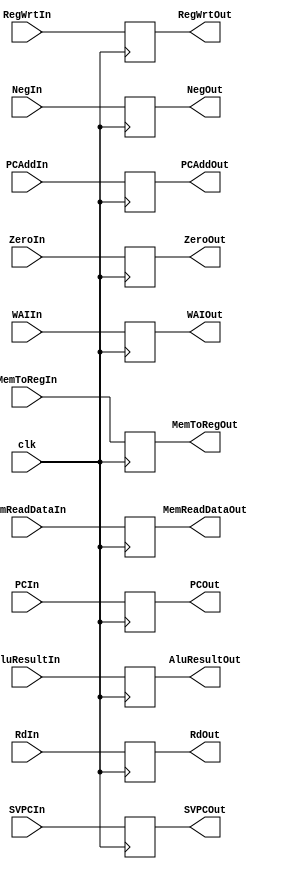
`timescale 1ns / 1ps
//////////////////////////////////////////////////////////////////////////////////
// Company: 
// Engineer: 
// 
// Design Name: 
// Module Name: buffer_exmemwb
// Project Name: 
// Target Devices: 
// Tool Versions: 
// Description: 
// 
// Dependencies: 
// 
// Revision:
// Revision 0.01 - File Created
// Additional Comments:
// 
//////////////////////////////////////////////////////////////////////////////////


module exmemtowbbuff(clk, RegWrtIn, SVPCIn, WAIIn, MemToRegIn, PCIn, PCAddIn, NegIn, ZeroIn,  AluResultIn, MemReadDataIn, RdIn, RegWrtOut, SVPCOut, WAIOut, MemToRegOut, PCOut, PCAddOut, NegOut, ZeroOut, AluResultOut, MemReadDataOut, RdOut);

input clk;

input RegWrtIn, SVPCIn, WAIIn, MemToRegIn, NegIn, ZeroIn; 
input [31:0] PCIn, PCAddIn, AluResultIn, MemReadDataIn; 
input [5:0] RdIn;

output reg RegWrtOut, SVPCOut, WAIOut, MemToRegOut, NegOut, ZeroOut; 
output reg [31:0] PCOut, PCAddOut, AluResultOut, MemReadDataOut; 
output reg [5:0] RdOut;

initial
begin
    RegWrtOut = 0; 
    SVPCOut = 0;
    WAIOut = 0; 
    MemToRegOut = 0; 
    PCOut = 0; 
    PCAddOut = 0; 
    NegOut = 0;
    ZeroOut = 0; 
    AluResultOut = 0;
    MemReadDataOut = 0;
    RdOut = 0;
end

always@(posedge clk)
begin
    RegWrtOut = RegWrtIn; 
    SVPCOut = SVPCIn;
    WAIOut = WAIIn; 
    MemToRegOut = MemToRegIn; 
    PCOut = PCIn; 
    PCAddOut = PCAddIn; 
    NegOut = NegIn;
    ZeroOut = ZeroIn; 
    AluResultOut = AluResultIn;
    MemReadDataOut = MemReadDataIn;
    RdOut = RdIn;
end

endmodule